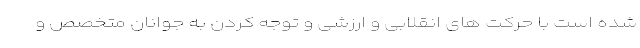
شده است با حرکت های انقلابی و ارزشی و توجه کردن به جوانان متخصص و